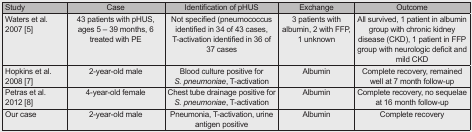
| Study | Case | Identification of pHUS | Exchange | Outcome |
 | --- | --- | --- | --- | --- |
 | Waters et al. 2007 [5] | 43 patients with pHUS, ages 5 – 39 months, 6 treated with PE | Not specified (pneumococcus identified in 34 of 43 cases, T-activation identified in 36 of 37 cases | 3 patients with albumin, 2 with FFP, 1 unknown | All survived, 1 patient in albumin group with chronic kidney disease (CKD), 1 patient in FFP group with neurologic deficit and mild CKD |
 | Hopkins et al. 2008 [7] | 2-year-old male | Blood culture positive for S. pneumoniae, T-activation | Albumin | Complete recovery, remained well at 7 month follow-up |
 | Petras et al. 2012 [8] | 4-year-old female | Chest tube drainage positive for S. pneumoniae, T-activation | Albumin | Complete recovery, no sequelae at 16 month follow-up |
 | Our case | 2-year-old male | Pneumonia, T-activation, urine antigen positive | Albumin | Complete recovery |